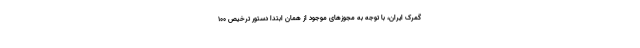
گمرک ایران، با توجه به مجوزهای موجود از همان ابتدا دستور ترخیص ۱۰۰